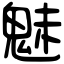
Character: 魅